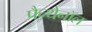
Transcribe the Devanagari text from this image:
पैन्थेनॉल